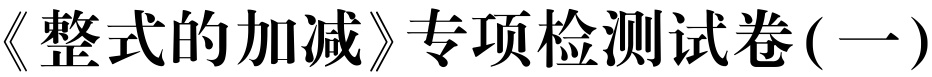
《整式的加减》专项检测试卷( 一)